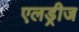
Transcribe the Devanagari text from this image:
एलड्रीज